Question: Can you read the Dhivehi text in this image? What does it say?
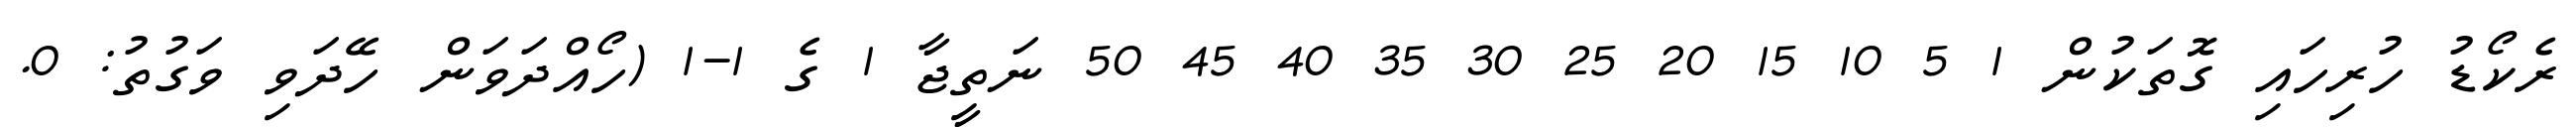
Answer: ރެކޯޑު ހުރިހައި ގޮތަކުން 1 5 10 15 20 25 30 35 40 45 50 ނަތީޖާ 1 ގެ 1-1 (ހޯއްދަވަން ހޭދަވި ވަގުތު: 0.